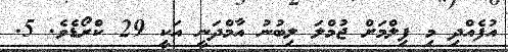
އުފެއްދި މި ފިލްމަށް ޖުމްލަ ލިބުނު އާމްދަނީ އަކީ 29 ކްރޯޑެވެ. 5.